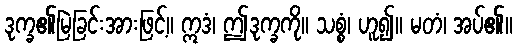
ဒုက္ခ၏မြဲခြင်းအားဖြင့်။ ဣဒံ၊ ဤဒုက္ခကို။ သစ္စံ၊ ဟူ၍။ မတံ၊ အပ်၏။